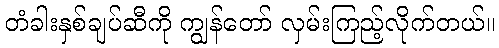
တံခါးနှစ်ချပ်ဆီကို ကျွန်တော် လှမ်းကြည့်လိုက်တယ်။